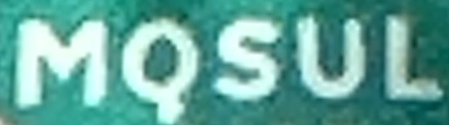
MOSUL